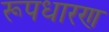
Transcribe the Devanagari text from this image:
रूपधारण